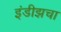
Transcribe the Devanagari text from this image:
इंडीझचा